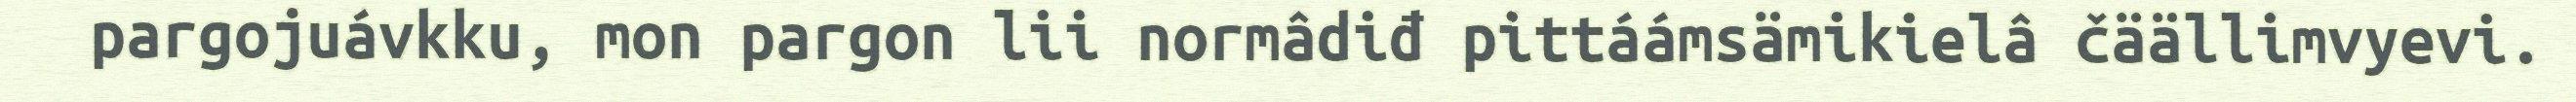
pargojuávkku, mon pargon lii normâdiđ pittáámsämikielâ čäällimvyevi.